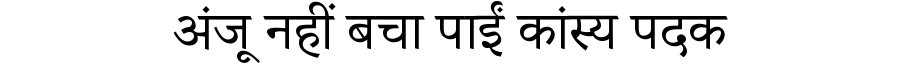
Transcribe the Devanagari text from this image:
अंजू नहीं बचा पाईं कांस्य पदक